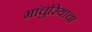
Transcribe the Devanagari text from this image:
मांचुरियाचा